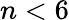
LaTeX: n<6